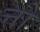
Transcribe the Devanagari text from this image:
त्तो